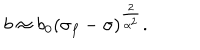
{ b \approx b _ { 0 } ( \sigma _ { f } - \sigma ) ^ { \frac { 2 } { \alpha ^ { 2 } } } . }